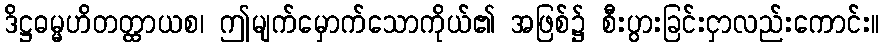
ဒိဋ္ဌဓမ္မဟိတတ္ထာယစ၊ ဤမျက်မှောက်သောကိုယ်၏ အဖြစ်၌ စီးပွားခြင်းငှာလည်းကောင်း။